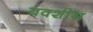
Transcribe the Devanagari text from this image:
बक्शीस